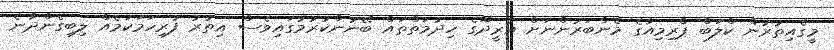
މީގެއިތުރުން ކްލަބް ޕްރިމިއާގެ މެންބަރުންނަށް އުރީދޫގެ ހިދުމަތްތައް ބޭނުންކުރުމުގައިވެސް އިތުރު ފުރިހަމަކަމެއް ލިބިގެންދާނެ